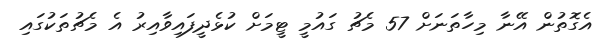
އެގޮތުން އޭނާ މިހާތަނަށް 57 މެޗު ގައުމީ ޓީމަށް ކުޅެދީފައިވާއިރު އެ މެޗުތަކުގައި